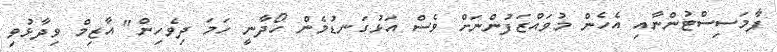
ފާމަސިސްޓުންނާއި އެހެން މުވައްޒަފުންނަށް ވެސް އަޅުގަނޑުމެން ހޯދާނީ ހަމަ ދިވެހިން" އާޒިމް ވިދާޅުވި